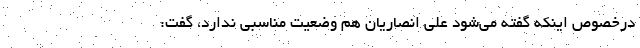
درخصوص اینکه گفته می‌شود علی انصاریان هم وضعیت مناسبی ندارد، گفت: